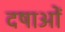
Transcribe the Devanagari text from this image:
दषाओं